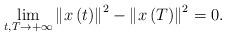
LaTeX: \begin{align*}\lim_{t,T\rightarrow+\infty}\left\Vert x\left( t\right) \right\Vert^{2}-\left\Vert x\left( T\right) \right\Vert ^{2}=0.\end{align*}